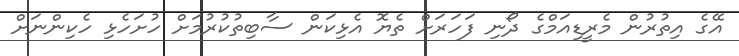
އޭގެ އިތުރުން މެރީޑިއަމްގެ ދޯނި ފަހަރަށް ތެޔޮ އެޅިކަން ސާބިތުކުރުމަށް ހުށަހެޅި ހެކިންނަށް